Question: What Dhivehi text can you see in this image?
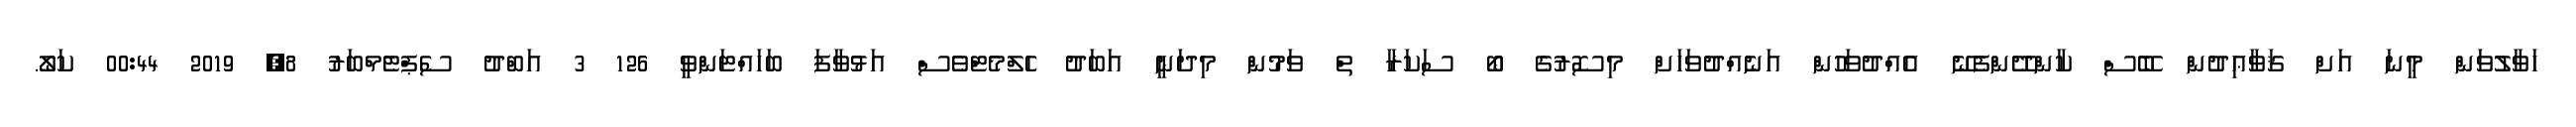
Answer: ހަވާލުވަން މީނަ އަށް ޤަވާޢިދުން ބޭސް ކާންދޭންފެނޭ އެއްދުވަހުން އަނެއްދުވަހަށް މިސޮރުގެ ބޯ ސަކަރާ ތް ވަމުން މިދަނީ އަބަދު ހެލްމެޓްވެސް އަޅުވާފަ ބަހައްޓަންވީ 126 3 އަބްދު ސެޕްޓެމްބަރު 8, 2019 00:44 ކަލޯ.